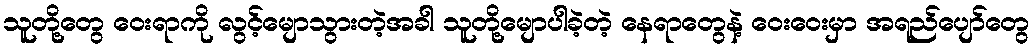
သူတို့တွေ ဝေးရာကို လွင့်မျောသွားတဲ့အခါ သူတို့မျောပါခဲ့တဲ့ နေရာတွေနဲ့ ဝေးဝေးမှာ အရည်ပျော်တွေ